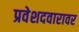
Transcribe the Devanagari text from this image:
प्रवेशदवारावर